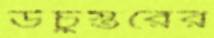
উঁচুস্তরের